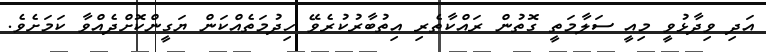
އަދި ވިދާޅުވީ މިއީ ސަލާމަތީ ގޮތުން ރައްކާތެރި އިތުބާރުކުރެވޭ ހިދުމަތެއްކަން ޔަގީންކޮށްދެއްވާ ކަމަށެވެ.